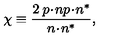
\chi \equiv \frac { 2 \: p \! \cdot \! n p \! \cdot \! n ^ { \ast } } { n \! \cdot \! n ^ { \ast } } ,